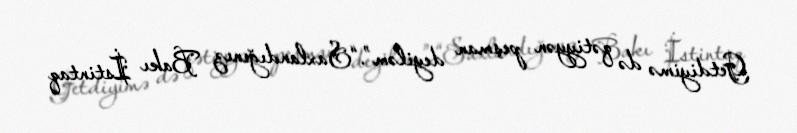
Getdiyimə də qətiyyən peşman deyiləm”.“Saxlandığınız Bakı İstintaq